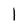
Character: l